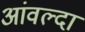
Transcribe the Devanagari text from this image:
आंवल्दा